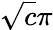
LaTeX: \sqrt{c}\pi